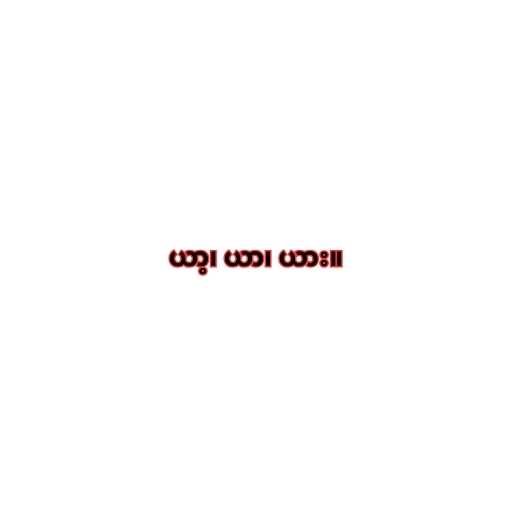
ယာ့၊ ယာ၊ ယား။